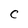
Character: C